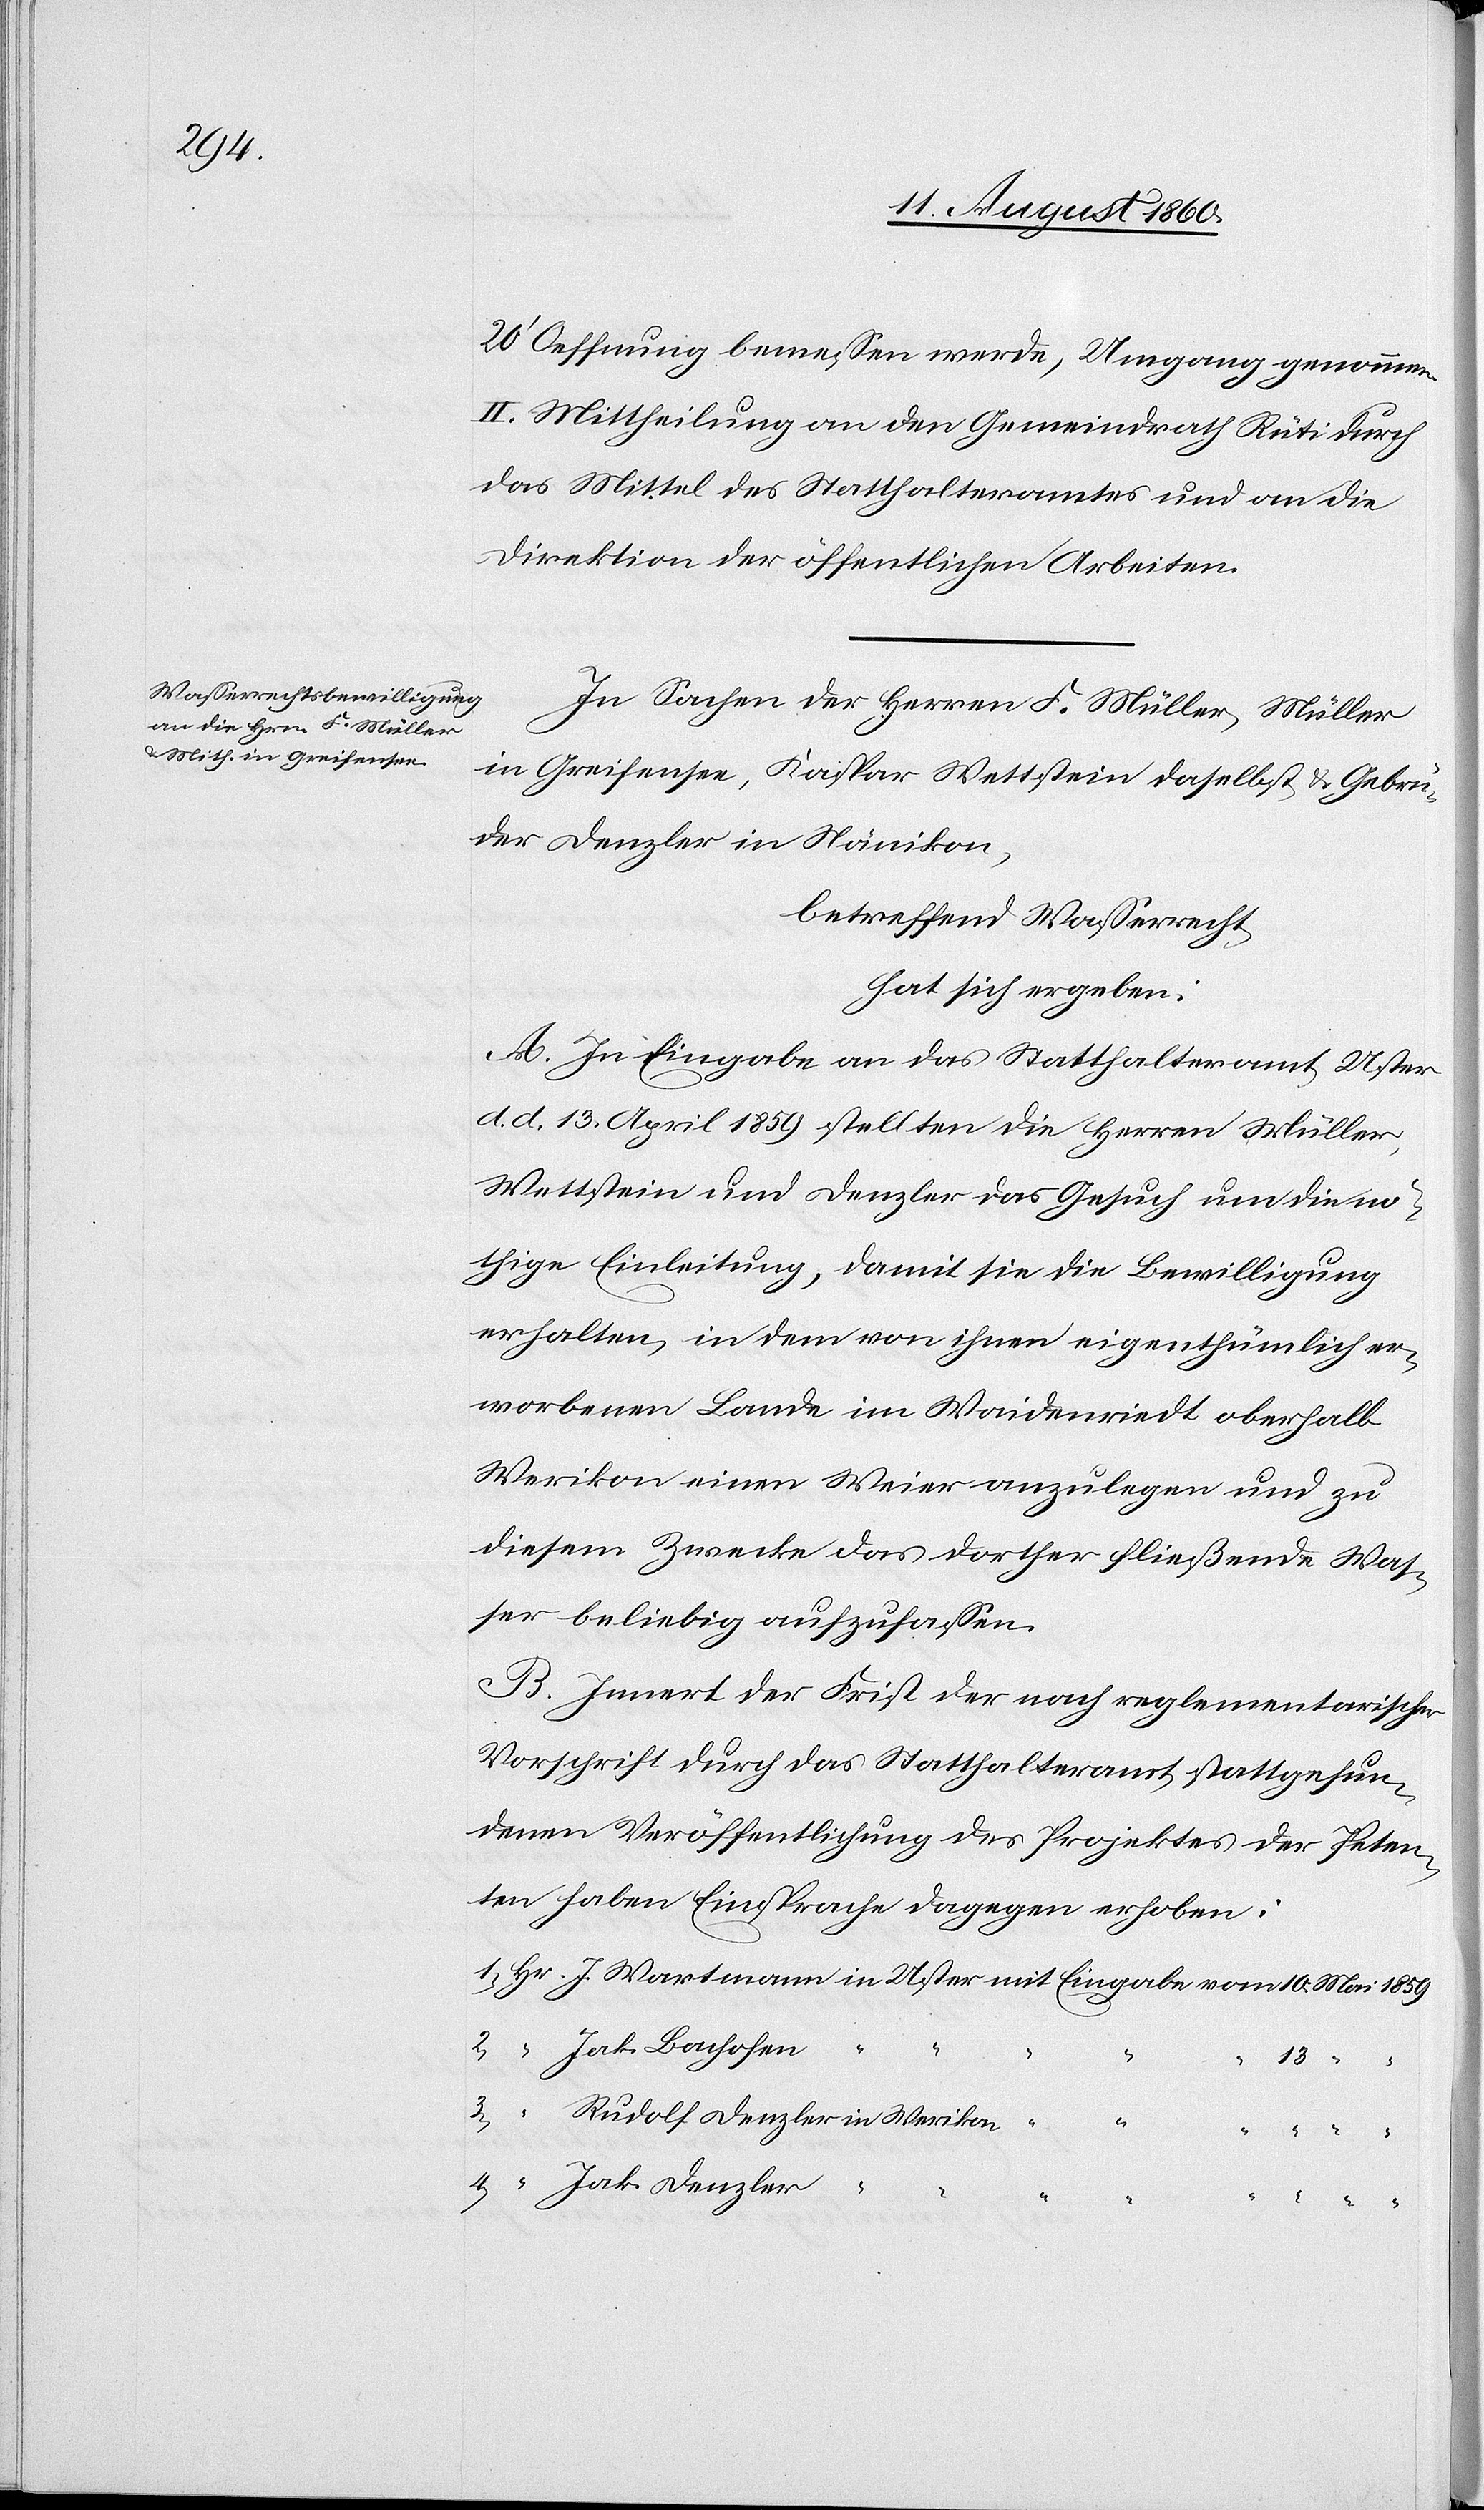
20’ Oeffnung bemessen werde, Umgang genommen.
II. Mittheilung an den Gemeindrath Rüti durch
das Mittel des Statthalteramtes und an die
Direktion der öffentlichen Arbeiten.
In Sachen der Herren F. Müller, Müller
in Greifensee, Kaspar Wettstein daselbst und Gebrü¬
der Denzler in Nänikon,
betreffend Wasserrecht,
hat sich ergeben:
A. In Eingabe an das Statthalteramt Uster
d. d. 13. April 1859 stellten die Herren Müller,
Wettstein und Denzler das Gesuch, um die nö¬
thige Einleitung, damit sie die Bewilligung
erhalten, in dem von ihnen eigenthümlich er¬
worbenen Lande im Waidenriedt oberhalb
Werikon einen Weier anzulegen und zu
diesem Zwecke das dorther fliessende Was¬
ser beliebig aufzufassen.
B. Innert der Frist der nach reglementarischer
Vorschrift durch das Statthalteramt Statt gefun¬
denen Veröffentlichung des Projektes der Peten¬
ten haben Einsprache dagegen erhoben:
Jak. Bachofen
“
“
3.
4.
Jak. Denzler